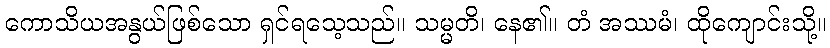
ကောသိယအနွယ်ဖြစ်သော ရှင်ရသေ့သည်။ သမ္မတိ၊ နေ၏။ တံ အဿမံ၊ ထိုကျောင်းသို့။